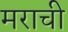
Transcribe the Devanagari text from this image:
मराची